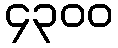
၄၃၀၀